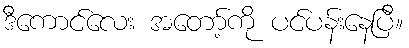
ဒီကောင်လေး အတော့်ကို ပင်ပန်းနေပြီ။